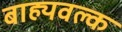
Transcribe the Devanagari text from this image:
बाह्यवल्क